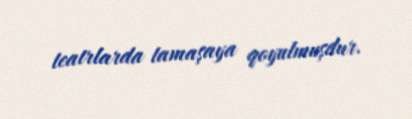
teatrlarda tamaşaya qoyulmuşdur.